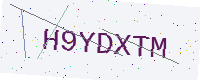
Text: H9YDXTM